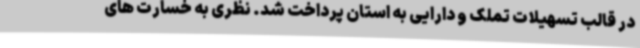
در قالب تسهیلات تملک و دارایی به استان پرداخت شد. نظری به خسارت های